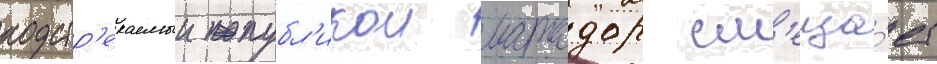
подстр'екаемыи публ'икои матадор см'еща́ет